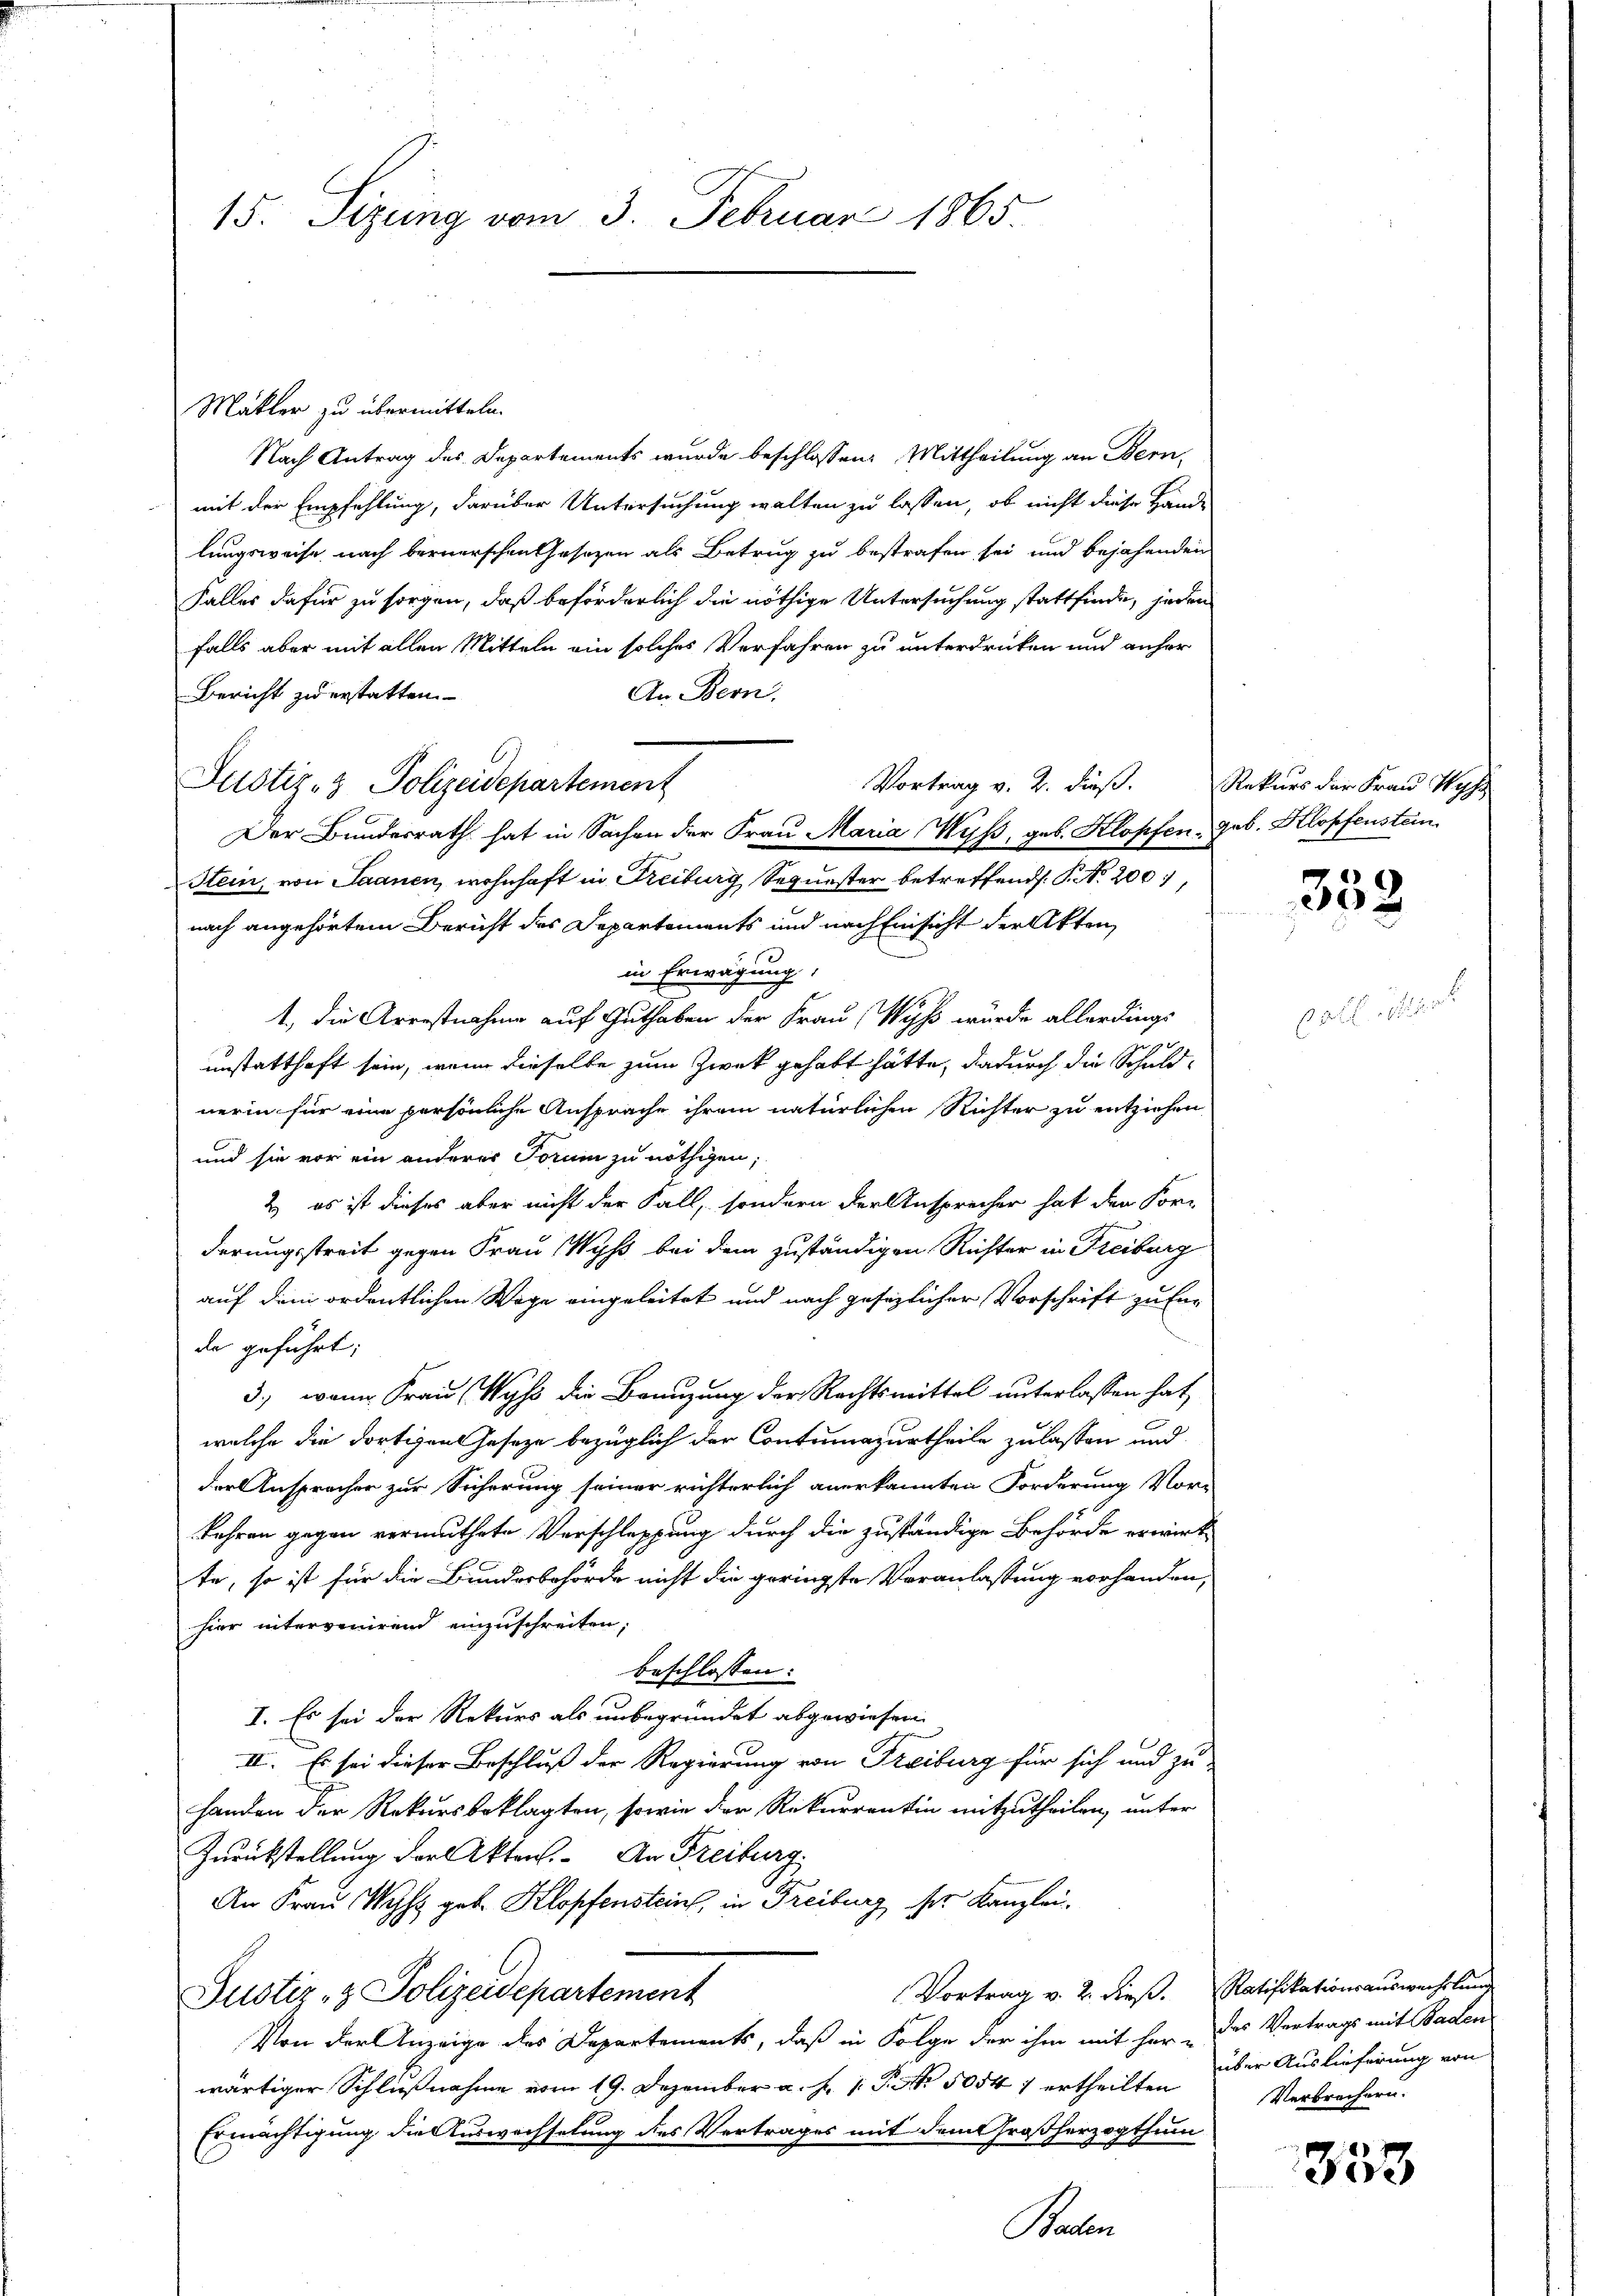
15. Sizung vom 3. Februar 1865.

Mäkler zu übermitteln.
Nach Antrag des Departements wurde beschlossen: Mittheilung an Bern,
mit der Empfehlung, darüber Untersuchung walten zu lassen, ob nicht diese Hand-
lungsweise nach bernerschen Gesezen als Betrug zu bestrafen sei und bejahenden
Falles dafür zu sorgen, daß beförderlich die nöthige Untersuchung stattfinde, jeden
falls aber mit allen Mitteln ein solches Verfahren zu unterdrücken und anher
An Bern.
Bericht zu erstatten.
Vortrag v. 2. dieß. Rekurs der Frau Wyss
Der Bundesrath hat in Sachen der Frau Maria Wyß, geb. Klopfen geb. Klopfenstan
Stein, von Saanen, wohnhaft in Freiburg Sequester betreffend. P. Nr. 200,
nach angehörtem Bericht des Departements und nach Einsicht der Akten,
in Erwägung.
1., die Arrestnahme auf Guthaben der Frau (Wyß wurde allerdings
d
unstatthaft sein, wenn dieselbe zum Zwek gehabt hätte, dadurch die Schuldnerin für eine persönliche Ansprache ihrem natürlichen Richter zu entziehen
und sie vor ein anderer Torum zu nöthigen;
2) es ist dieses aber nicht der Fall, sondern der Ansprecher hat den For-
derungsstreit gegen Frau Wyss bei dem zuständigen Richter in Freiburg
auf dem ordentlichen Wege eingeleitet und nach gesezlicher Vorschrift zu Enda geführt:
3.) wenn Frau Wyss die Benuzung der Rechtsmittel unterlassen hat,
welche die dortigen Gesetze bezüglich der Contumazurtheile zulassen und
der Anspracher zur Sicherung seiner richterlich anerkannten Forderung Vor-
kehren gegen vermuthete Verschleppung durch die zuständige Behörde erwirk
te, so ist für die Bundesbehörde nicht die geringste Veranlassung vorhanden,
hier intervenirend einzuschreiten;
beschlossen:
I. Es sei der Rekurs als unbegründet abgewiesen.
II. Es sei dieser Beschluß der Regierung von Freiburg für sich und zu-
handen der Rekursbeklagten, sowie der Rekurrentin mitzutheilen, unter
Zurückstellung der Akten. An Freiburg,
An Frau Mysz geb. Klopfenstein, in Freiburg der Kanzlei.
Vortrag v. 2. dieß. Ratifikationsauswechslung
Justiz- & Polizeidepartement
Von der Anzeige des Departements, daß in Folge der ihm mit her - des Vertrags mit Baden
wärtiger Schlußnahme vom 19. Dezember a. f. 1 P. Nr. 50541 ertheilten
Ermächtigung, die Auswechselung des Vertrages mit dem Großherzogthum
Baden

Justiz- & Polizeidepartement

352.

über Auslieferung von
Verbrechern.

858